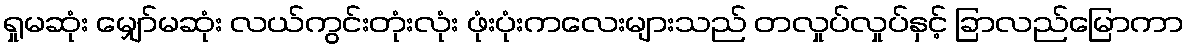
ရှုမဆုံး မျှော်မဆုံး လယ်ကွင်းတုံးလုံး ဖုံးပုံးကလေးများသည် တလှုပ်လှုပ်နှင့် ခြာလည်မြောကာ